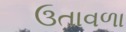
ઉતાવળા